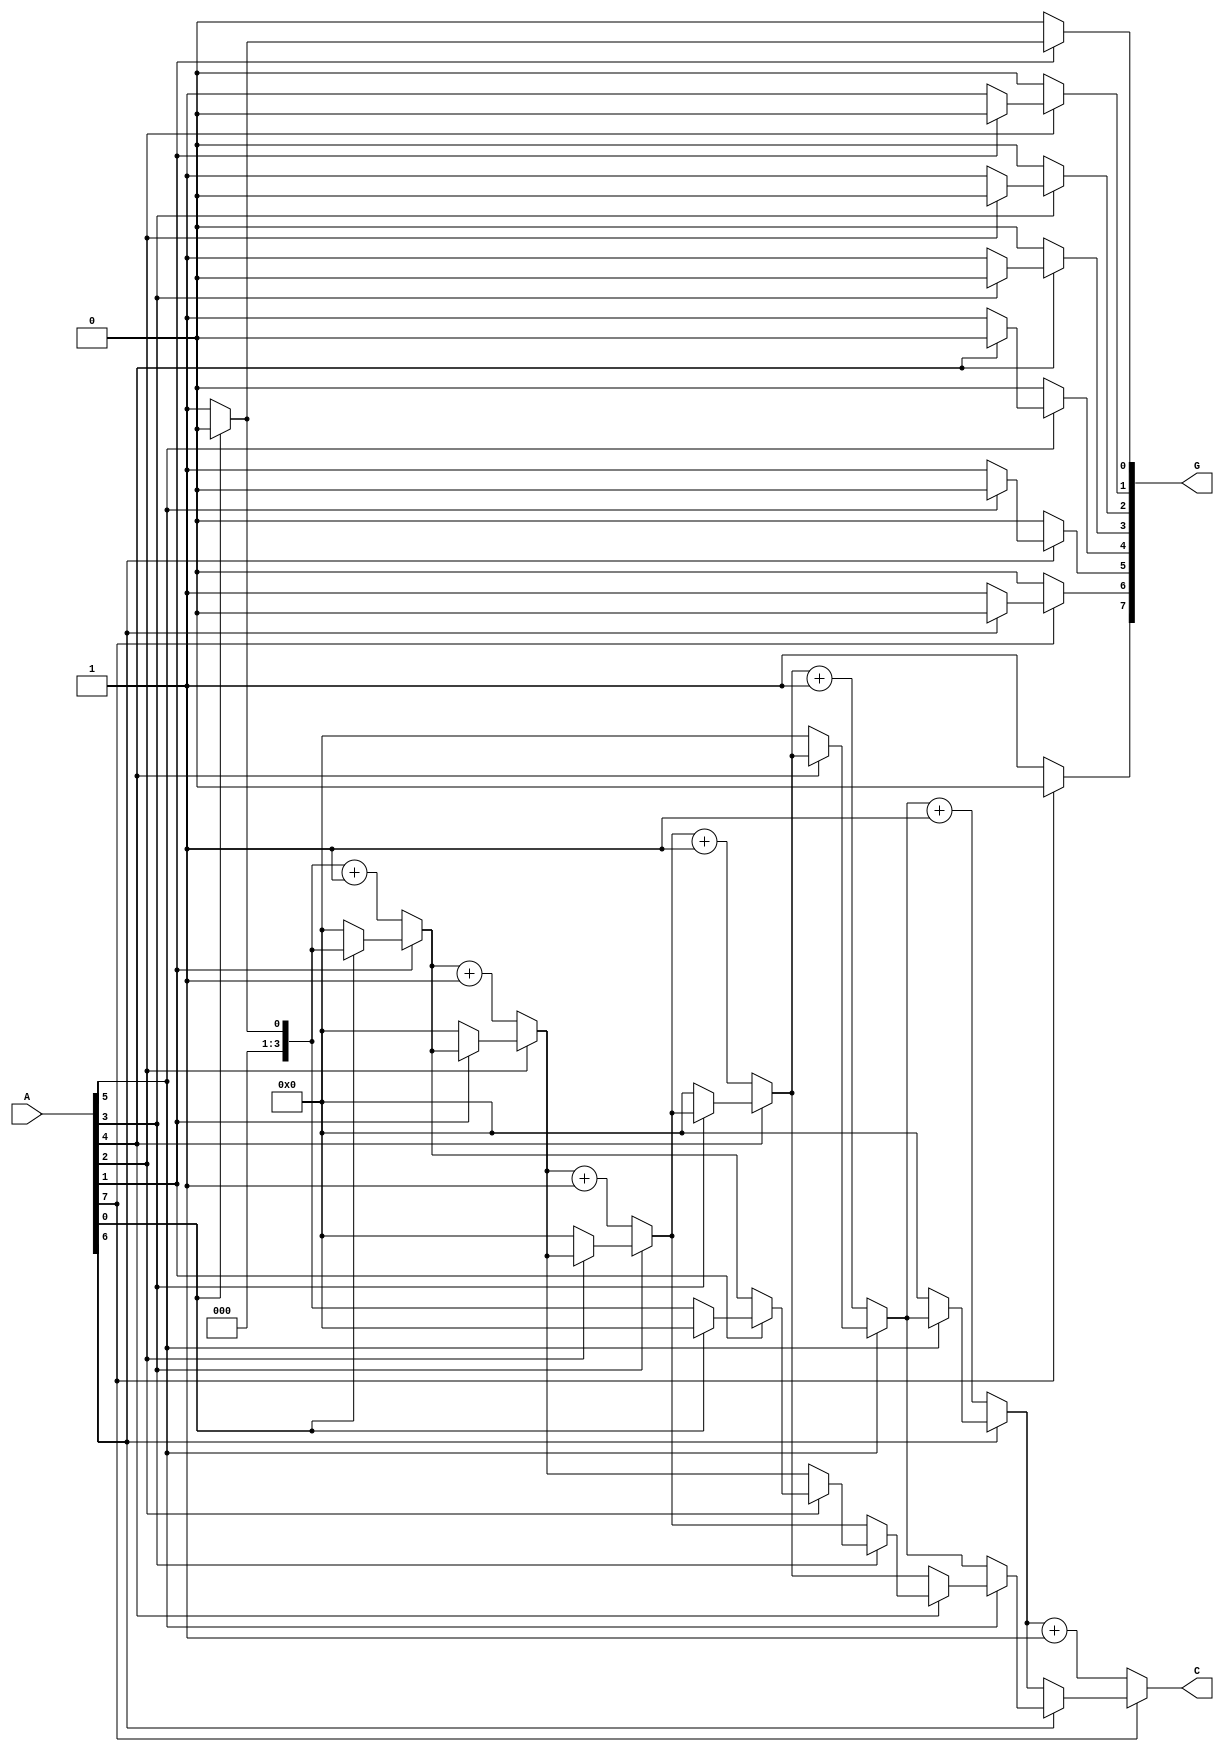
module grouping_of_zeros #(parameter N = 8) (
    input  wire [N-1:0] A,  // Input signal
    output reg  [N-1:0] G,  // Grouped output
    output reg  [3:0] C     // Count output (assuming max count < 16)
);

    integer i;
    reg [3:0] count; // Counter for consecutive zeros
    reg in_zero_group; // State to track if currently in a zero group

    always @(*) begin
        // Initialize outputs
        G = 0;
        C = 0;
        count = 0;
        in_zero_group = 0;

        // Scan through the input signal
        for (i = 0; i < N; i = i + 1) begin
            if (A[i] == 0) begin
                // Increment count if we are in a zero group or starting a new one
                count = count + 1;
                in_zero_group = 1;
            end else begin
                // If we encounter a one and were in a zero group
                if (in_zero_group) begin
                    // Mark the grouped output with the count of zeros
                    G[i-1] = 1; // Indicate the end of the zero group
                    C = count;  // Set the count output
                    count = 0;  // Reset count for the next group
                end
                in_zero_group = 0; // Reset the zero group state
            end
        end

        // Handle the case where the input ends with zeros
        if (in_zero_group) begin
            G[N-1] = 1; // Indicate the end of the zero group at the last position
            C = count;  // Set the count output
        end
    end

endmodule